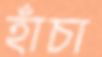
হাঁচা